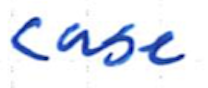
Text: case
Cross-out: clean
Writing tool: ballpoint